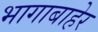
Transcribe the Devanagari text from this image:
भागाबाहेर